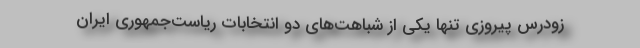
زودرس پیروزی تنها یکی از شباهت‌های دو انتخابات ریاست‌جمهوری ایران